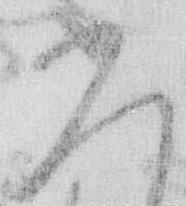
ひ